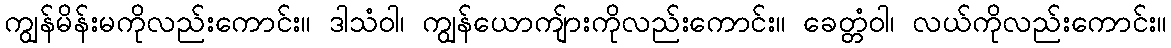
ကျွန်မိန်းမကိုလည်းကောင်း။ ဒါသံဝါ၊ ကျွန်ယောကျ်ားကိုလည်းကောင်း။ ခေတ္တံဝါ၊ လယ်ကိုလည်းကောင်း။